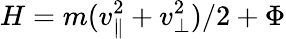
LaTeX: H=m(v_{\| }^{2}+v_{\perp}^{2})/2+\Phi